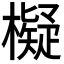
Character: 𣝅